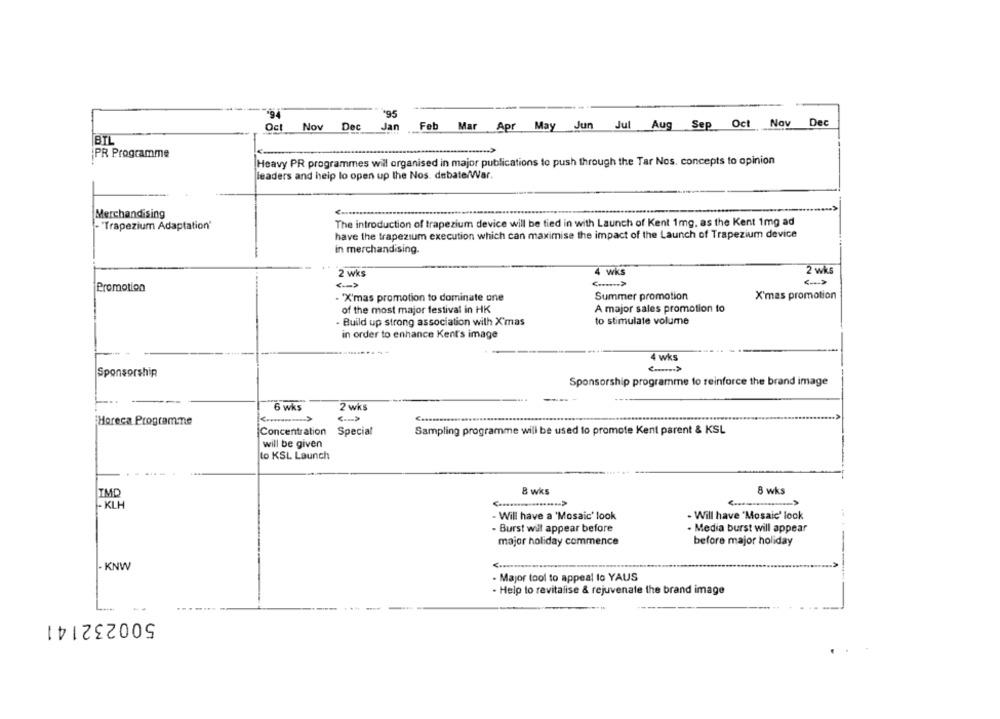
*95
Oct
Nov
Dec
Jan
Feb Mar Apr May Jun Jul Aug Sep Oct Nov Dec
BTL
PR Programme
Heavy PR programmes will organised in major publications to push through the Tar Nos. concepts to opinion
leaders and heip lo open up the Nos. debate/War.
Merchandising
The introduction of trapezium device will be tied in with Launch of Kent 1mg, as the Kent 1mg ad
· "Trapezium Adaptation'
have the trapezium execution which can maximise the impact of the Launch of Trapezium device
in merchandising.
2 wks
4 wks
2 wks
Promotion
<...... >
X'mas promotion
· 'X'mas promotion to dominate one
Summer promotion
of the most major festival in HK
A major sales promotion to
- Build up strong association with X'mas
to stimulate volume
in order to enhance Kent's image
4 wks
Sponsorship
Sponsorship programme to reinforce the brand image
6 wks
2 wks
Horeca Programme
Concentration
Special
Sampling programme will be used to promote Kent parent & KSL
will be given
to KSL Launch
IMD
8 wks
8 wks
- KLH
- Will have a 'Mosaic' look
- Will have "Mosaic' look
- Burst will appear before
. Media burst will appear
major holiday commence
before major holiday
- KNW
- Major tool to appeal to YAUS
- Help to revitalise & rejuvenate the brand image
500232141